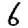
Digit: 6